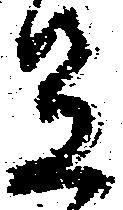
足